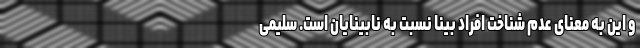
و این به معنای عدم شناخت افراد بینا نسبت به نابینایان است. سلیمی